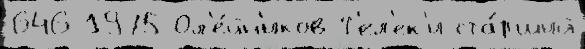
646 1975 Ол'е́йн'иков Т'ел'ек'и-ста́рший